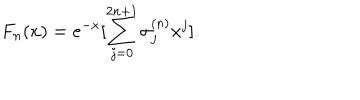
F _ { n } ( x ) = e ^ { - x } [ \sum _ { j = 0 } ^ { 2 n + 1 } \sigma _ { j } ^ { ( n ) } x ^ { j } ] .